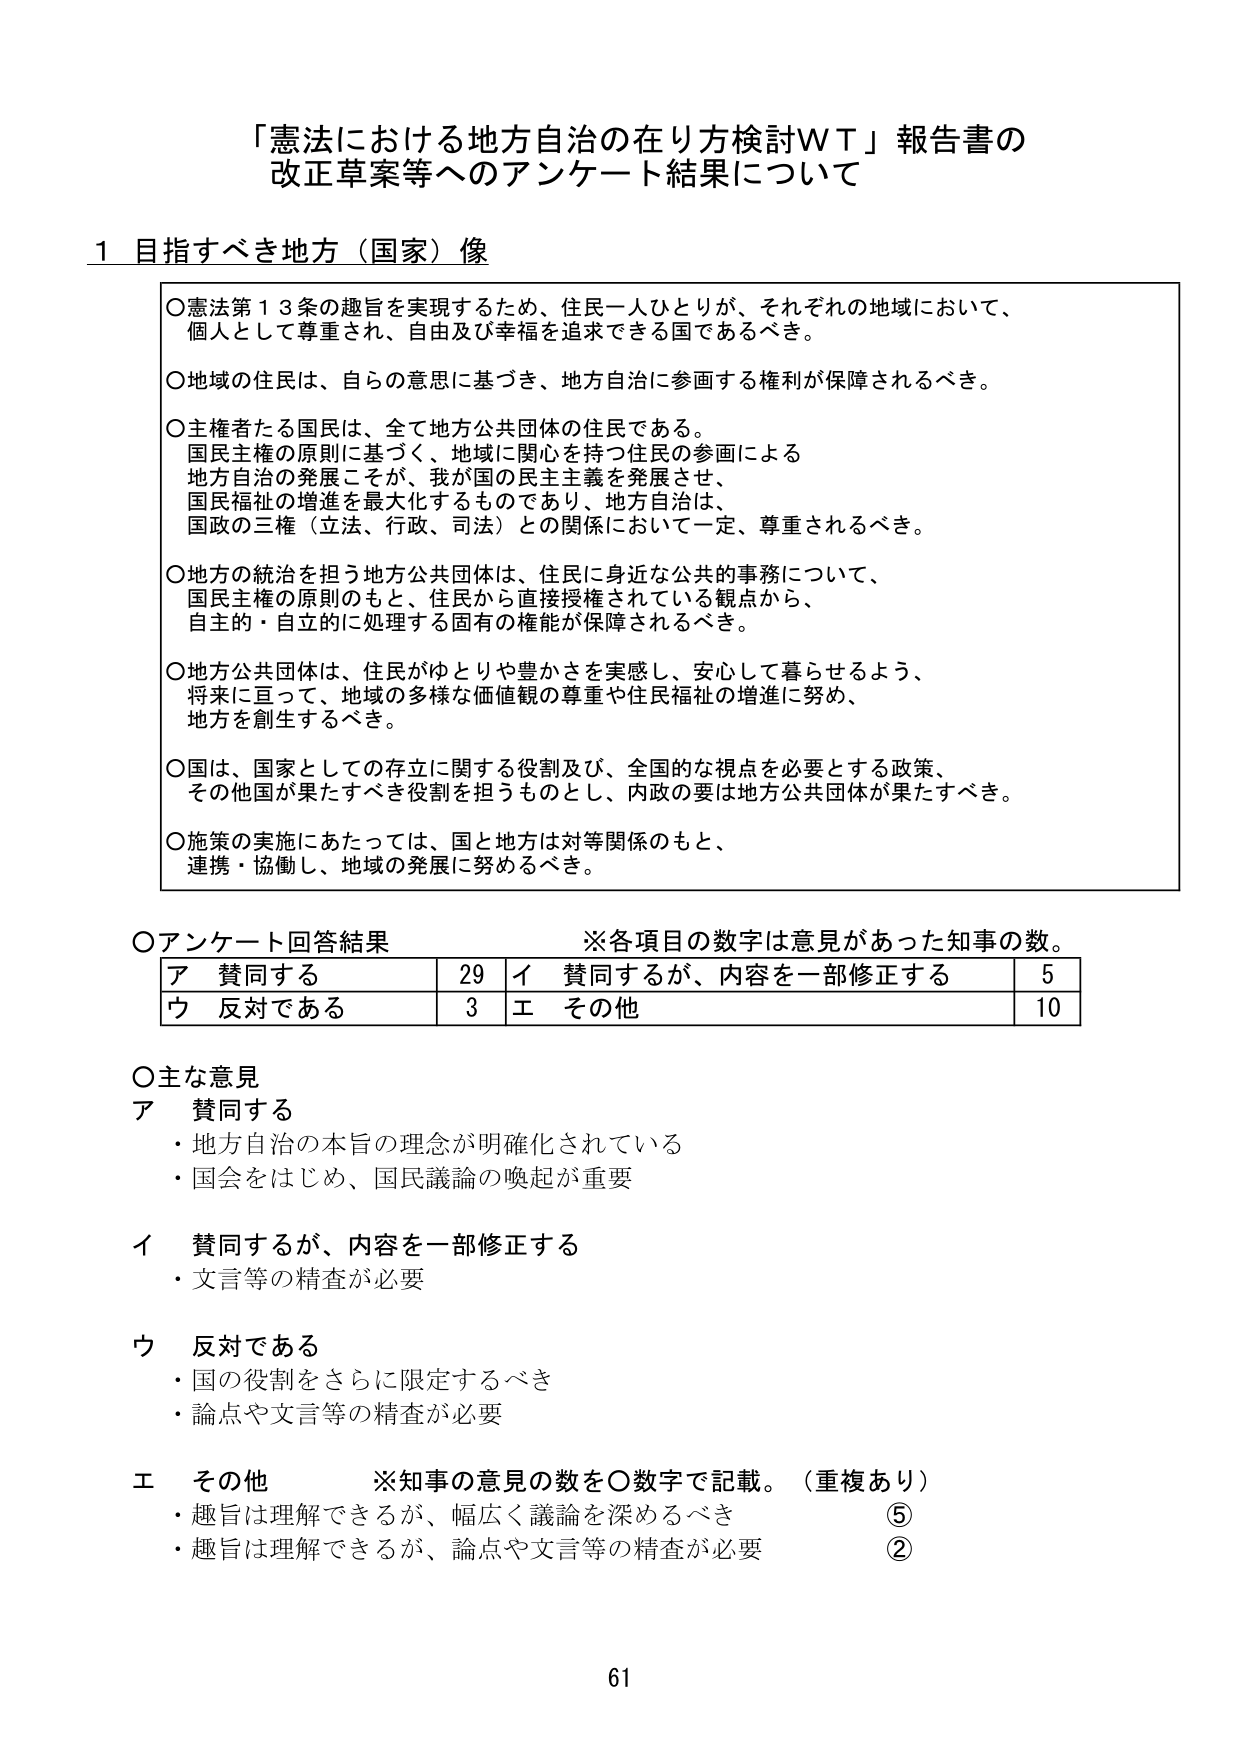
「憲法における地方自治の在り方検討WT」報告書の
改正草案等へのアンケート結果について

1 目指すべき地方（国家）像

○憲法第13条の趣旨を実現するため、住民一人ひとりが、それぞれの地域において、
個人として尊重され、自由及び幸福を追求できる国であるべき。

○地域の住民は、自らの意思に基づき、地方自治に参画する権利が保障されるべき。

○主権者たる国民は、全て地方公共団体の住民である。
国民主権の原則に基づく、地域に関心を持つ住民の参画による
地方自治の発展こそが、我が国の民主主義を発展させ、
国民福祉の増進を最大化するものであり、地方自治は、
国政の三権（立法、行政、司法）との関係において一定、尊重されるべき。

○地方の統治を担う地方公共団体は、住民に身近な公共的事務について、
国民主権の原則のもと、住民から直接授権されている観点から、
自主的・自立的に処理する固有の権能が保障されるべき。

○地方公共団体は、住民がゆとりや豊かさを実感し、安心して暮らせるよう、
将来に亘って、地域の多様な価値観の尊重や住民福祉の増進に努め、
地方を創生するべき。

○国は、国家としての存立に関する役割及び、全国的な視点を必要とする政策、
その他国が果たすべき役割を担うものとし、内政の要は地方公共団体が果たすべき。

○施策の実施にあたっては、国と地方は対等関係のもと、
連携・協働し、地域の発展に努めるべき。

○アンケート回答結果　※各項目の数字は意見があった知事の数。
ア 賛同する　　　　　　　29　イ 賛同するが、内容を一部修正する　　　5
ウ 反対である　　　　　　　3　エ その他　　　　　　　　　　　　　　10

○主な意見
ア 賛同する
・地方自治の本旨の理念が明確化されている
・国会をはじめ、国民議論の喚起が重要

イ 賛同するが、内容を一部修正する
・文言等の精査が必要

ウ 反対である
・国の役割をさらに限定するべき
・論点や文言等の精査が必要

エ その他　※知事の意見の数を○数字で記載。（重複あり）
・趣旨は理解できるが、幅広く議論を深めるべき　⑤
・趣旨は理解できるが、論点や文言等の精査が必要　②

61